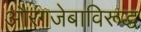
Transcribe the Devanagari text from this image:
औरंगजेबाविरूद्ध